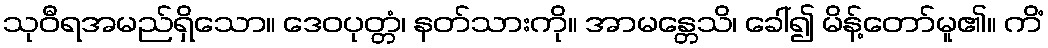
သုဝီရအမည်ရှိသော။ ဒေဝပုတ္တံ၊ နတ်သားကို။ အာမန္တေသိ၊ ခေါ်၍ မိန့်တော်မူ၏။ ကိံ